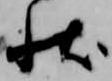
状